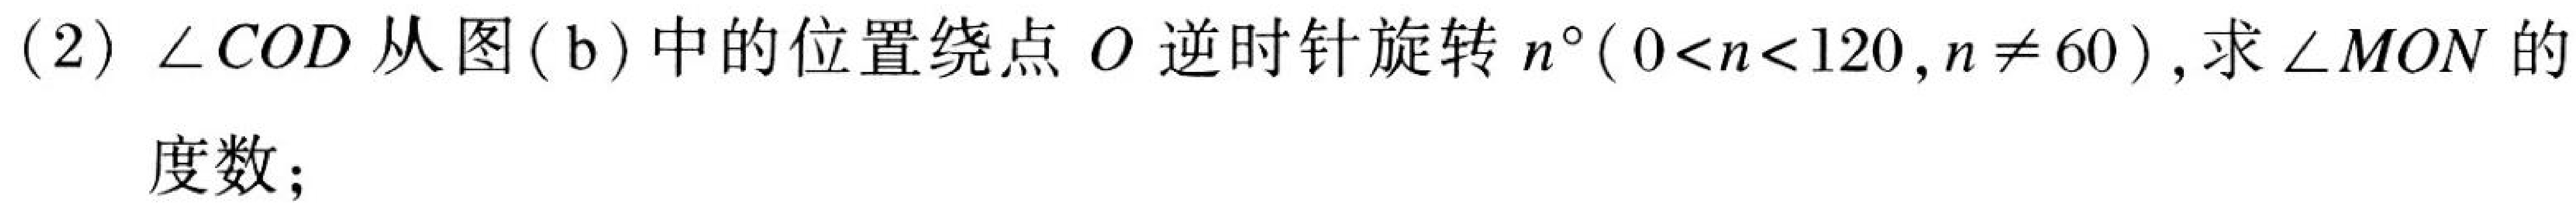
(2) \(\angle COD\)从图(b)中的位置绕点\(O\)逆时针旋转\(n^{\circ}(0 < n < 120,n\neq60)\),求\(\angle MON\)的
度数;